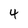
Character: 4